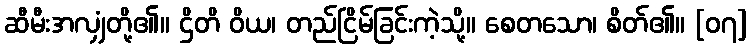
ဆီမီးအလျှံတို့၏။ ဌိတိ ဝိယ၊ တည်ငြိမ်ခြင်းကဲ့သို့။ စေတသော၊ စိတ်၏။ [၀၇]